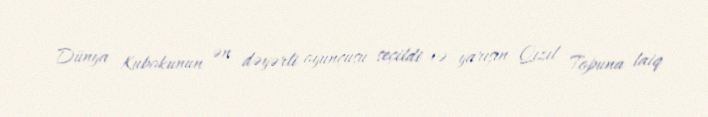
Dünya Kubokunun ən dəyərli oyunçusu seçildi və yarışın Qızıl Topuna laiq